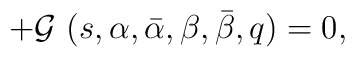
+ {\cal G} \ (s,\alpha, \bar \alpha, \beta, \bar \beta,q) = 0,